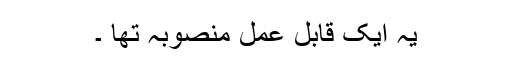
یہ ایک قابل عمل منصوبہ تھا ۔